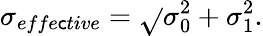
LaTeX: \sigma_{effe\mathsf{c}tive}=\sqrt{}{{\sigma_{0}^{2}+\sigma_{1}^{2}}}.